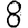
Digit: 8